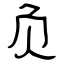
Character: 负